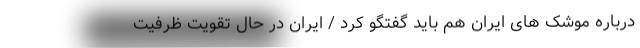
درباره موشک های ایران هم باید گفتگو کرد / ایران در حال تقویت ظرفیت